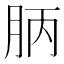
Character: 𣍪